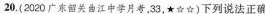
20.(2020广东韶关曲江中学月考，33，\star)下列说法正确